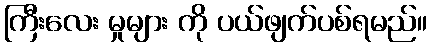
ကြီးလေး မှုများ ကို ပယ်ဖျက်ပစ်ရမည်။